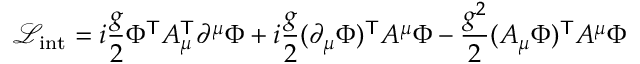
\ { \mathcal { L } } _ { \mathrm { i n t } } = i { \frac { g } { 2 } } \Phi ^ { \mathsf { T } } A _ { \mu } ^ { \mathsf { T } } \partial ^ { \mu } \Phi + i { \frac { g } { 2 } } ( \partial _ { \mu } \Phi ) ^ { \mathsf { T } } A ^ { \mu } \Phi - { \frac { g ^ { 2 } } { 2 } } ( A _ { \mu } \Phi ) ^ { \mathsf { T } } A ^ { \mu } \Phi